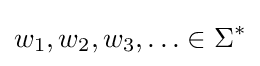
w_{1},w_{2},w_{3},\ldots \in \Sigma ^{*}